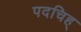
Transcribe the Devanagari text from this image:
पदचिह्